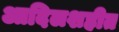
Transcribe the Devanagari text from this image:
आदिलशहीत